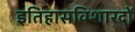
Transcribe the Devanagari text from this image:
इतिहासविशारदों